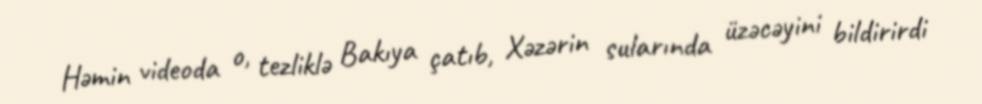
Həmin videoda o, tezliklə Bakıya çatıb, Xəzərin sularında üzəcəyini bildirirdi